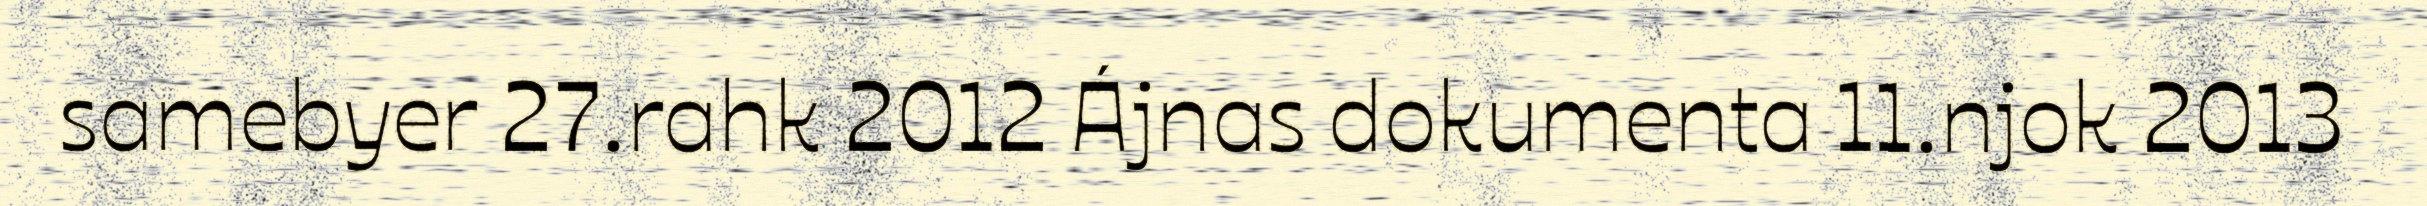
samebyer 27.rahk 2012 Ájnas dokumenta 11.njok 2013